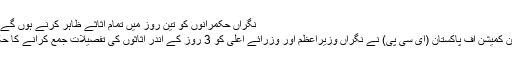
نگراں حکمرانوں کو تین روز میں تمام اثاثے ظاہر کرنے ہوں گے، الیکشن کمیشن
اسلام آباد: الیکشن کمیشن آف پاکستان (ای سی پی) نے نگراں وزیراعظم اور وزرائے اعلیٰ کو 3 روز کے اندر اثاثوں کی تفصیلات جمع کرانے کا حکم جاری کردیا۔